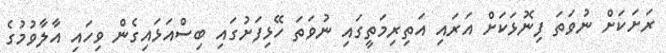
ރަށަކަށް ނުވަތަ ފިނޮޅަކަށް އަރައި އަތިރިމަތީގައި ނުވަތަ ހޭޅިފަށުގައި ބިސްއަޅައިގެން ވިހައި އާލާވުމުގެ